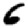
Digit: 6